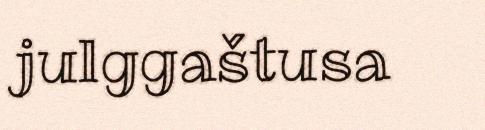
julggaštusa